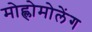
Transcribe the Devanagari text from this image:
मोह्लोमोलेंग